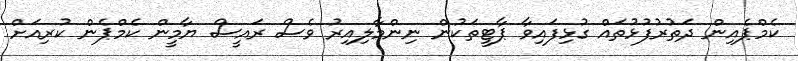
ކެމްޕެއިން ދަތުރުފުޅުތައް ގުޅިފައިވާ ޕާޓީތަކުން ނިންމާލިއިރު ވެސް ރައީސް ޔާމީން ކެމްޕެން ކުރިއަށް